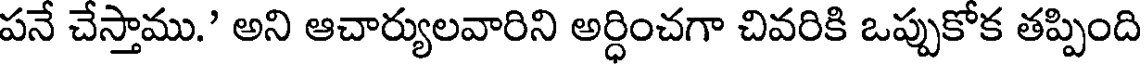
పనే చేస్తాము.' అని ఆచార్యులవారిని అర్ధించగా చివరికి ఒప్పుకోక తప్పింది